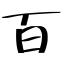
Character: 百